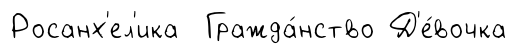
Росанх'ел'ика Гражда́нство Д'е́вочка